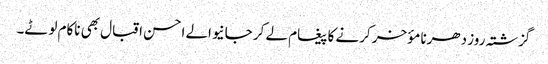
گزشتہ روز دھرنا مؤخر کرنے کا پیغام لے کر جانیوالے احسن اقبال بھی ناکام لوٹے۔